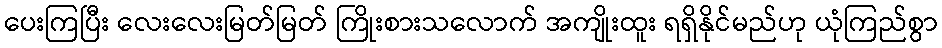
ပေးကြပြီး လေးလေးမြတ်မြတ် ကြိုးစားသလောက် အကျိုးထူး ရရှိနိုင်မည်ဟု ယုံကြည်စွာ